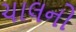
ચાલનો